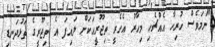
"ނަމަވެސް ހުރިހާ އެއްޗެހި މިހާރު އެހެރީ ތިޖޫރީއަކަށް ލައިފަ އެ ތިޖޫރީގެ ތަޅުދަނޑި